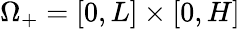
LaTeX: \Omega_{+}=[0,L]\times[0,H]